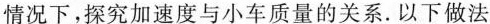
情况下，探究加速度与小车质量的关系。以下做法